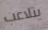
يتلاعب